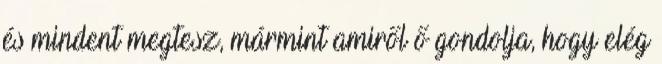
és mindent megtesz, mármint amiről ő gondolja, hogy elég